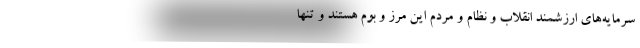
سرمایه‌های ارزشمند انقلاب و نظام و مردم این مرز و بوم هستند و تنها